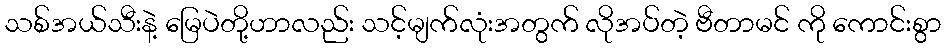
သစ်အယ်သီးနဲ့ မြေပဲတို့ဟာလည်း သင့်မျက်လုံးအတွက် လိုအပ်တဲ့ ဗီတာမင် ကို ကောင်းစွာ